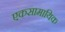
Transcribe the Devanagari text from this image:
एकसामायिक